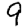
Digit: 9